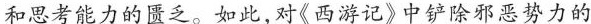
和思考能力的匮乏。如此，对《西游记》中铲除邪恶势力的